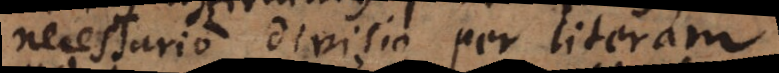
necessario divisio per literam